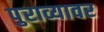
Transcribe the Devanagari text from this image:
पुराव्यावर